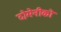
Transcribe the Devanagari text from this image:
दोमेनीको